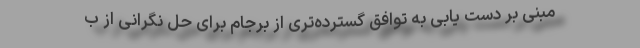
مبنی بر دست یابی به توافق گسترده‌تری از برجام برای حل نگرانی از ب